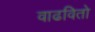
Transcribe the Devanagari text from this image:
वाढवितो